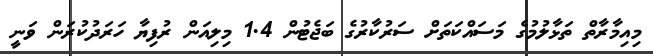
މިއިމާރާތް ތަޅާލުމުގެ މަސައްކަތަށް ސަރުކާރުގެ ބަޖެޓުން 1.4 މިލިއަން ރުފިޔާ ހަރަދުކުރަން ވަނީ